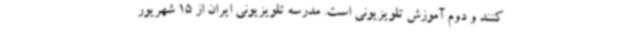
کنند و دوم آموزش تلویزیونی است. مدرسه تلویزیونی ایران از 15 شهریور